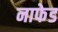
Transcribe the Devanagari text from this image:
नाफेड